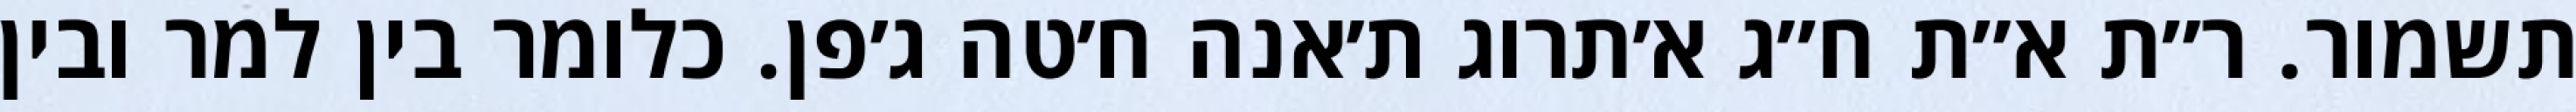
תשמור. ר״ת א״ת ח״ג א׳תרוג ת׳אנה ח׳טה ג׳פן. כלומר בין למר ובין